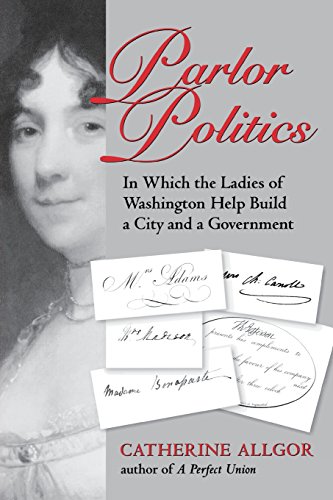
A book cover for Parlor Politics: In Which the Ladies of Washington Help Build a City and a Government (Jeffersonian America); Catherine Allgor; Gay & Lesbian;